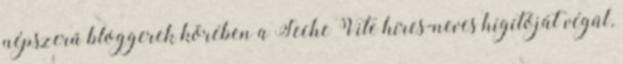
népszerű bloggerek körében a Seche Vite híres-neves hígítóját végül,